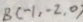
B ( - 1 , - 2 , 0 )